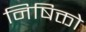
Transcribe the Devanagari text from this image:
निषिक्तो